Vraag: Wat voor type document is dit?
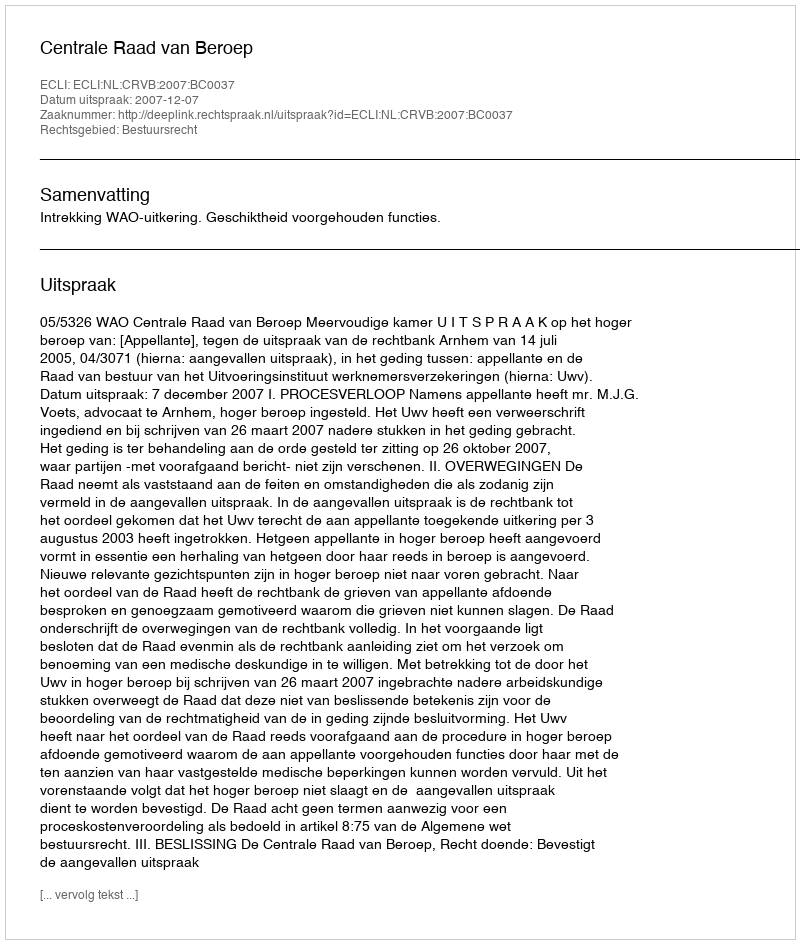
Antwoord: Uitspraak